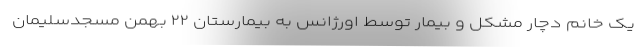
یک خانم دچار مشکل و بیمار توسط اورژانس به بیمارستان ۲۲ بهمن مسجدسلیمان